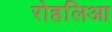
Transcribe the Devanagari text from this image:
रोहलिआ